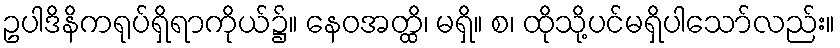
ဥပါဒိနိကရုပ်ရှိရာကိုယ်၌။ နေဝအတ္ထိ၊ မရှိ။ စ၊ ထိုသို့ပင်မရှိပါသော်လည်း။